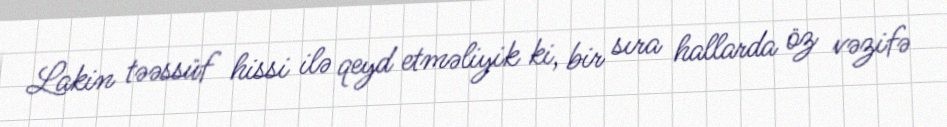
Lakin təəssüf hissi ilə qeyd etməliyik ki, bir sıra hallarda öz vəzifə